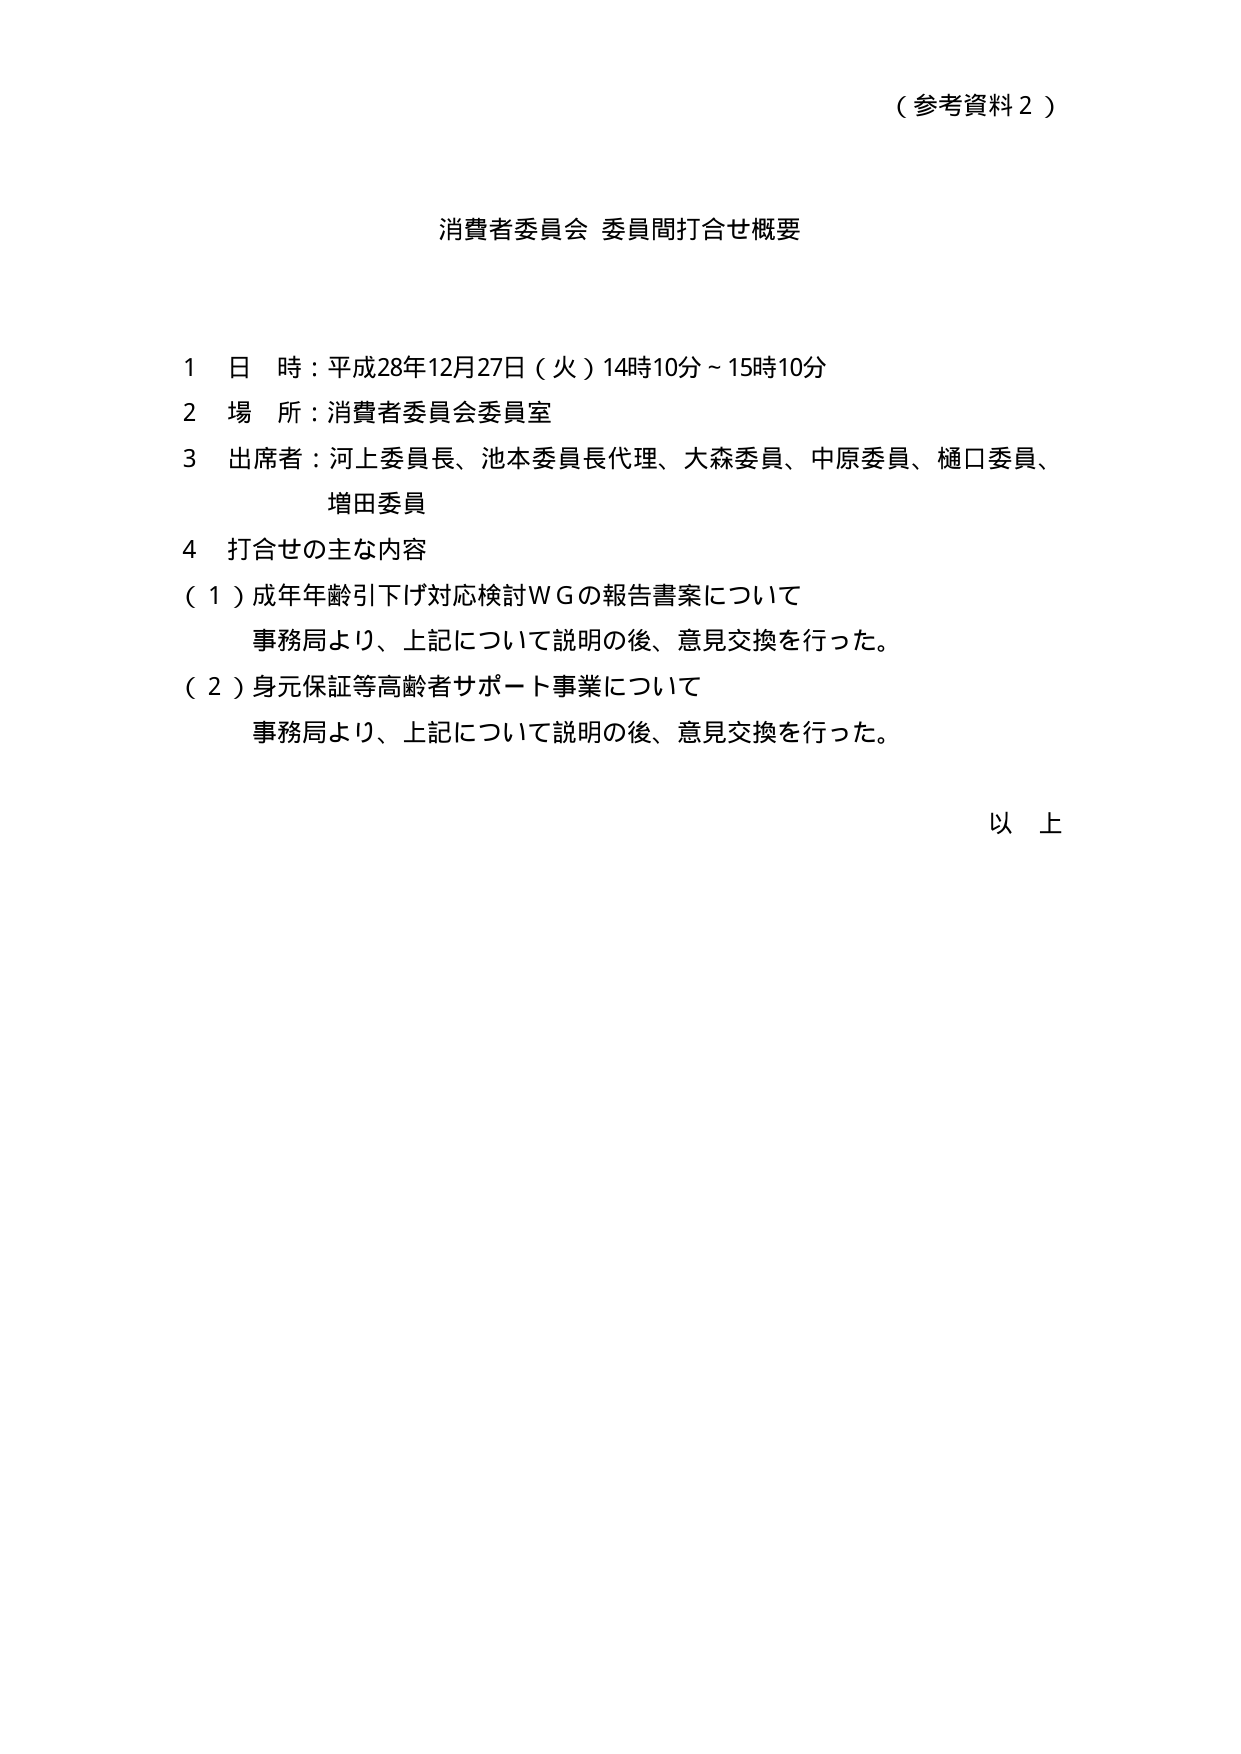
（参考資料２）

消費者委員会 委員間打合せ概要

１ 日 時：平成28年12月27日（火）14時10分～15時10分
２ 場 所：消費者委員会委員室
３ 出席者：河上委員長、池本委員長代理、大森委員、中原委員、樋口委員、
　　　　増田委員
４ 打合せの主な内容
　（１）成年年齢引下げ対応検討ＷＧの報告書案について
　　　事務局より、上記について説明の後、意見交換を行った。
　（２）身元保証等高齢者サポート事業について
　　　事務局より、上記について説明の後、意見交換を行った。

以　上